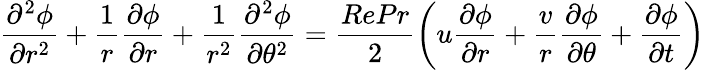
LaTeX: \frac{\partial^{2}\phi}{\partial r^{2}}+\frac{1}{r}\frac{\partial\phi}{\partial r}+\frac{1}{r^{2}}\frac{\partial^{2}\phi}{\partial\theta^{2}}=\frac{RePr}{2}\left(u\frac{\partial\phi}{\partial r}+\frac{v}{r}\frac{\partial\phi}{\partial\theta}+\frac{\partial\phi}{\partial t}\right)